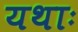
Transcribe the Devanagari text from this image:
यथाः